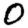
Digit: 0